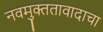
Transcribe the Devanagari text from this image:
नवमुक्ततावादाचा